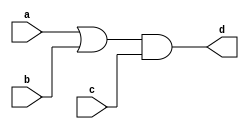
module blocking_caveat (input a , input b , input  c, output reg d); 
reg x;
always @ (*)
begin
	d = x & c;
	x = a | b;
end
endmodule